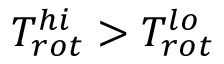
T _ { r o t } ^ { h i } > T _ { r o t } ^ { l o }